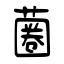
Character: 蔨